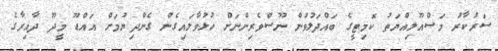
ސަރުކާރު މަސްއޫލިއްޔަތު ކޮމިޓީގެ ބައްދަލުވުން ނޫސްވެރިންނަށް ހުޅުވާލައިގެން ގެންދިޔުމަށް އައްޑޫ މީދޫ ދާއިރާގެ